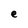
Character: e